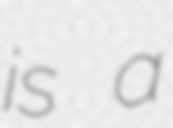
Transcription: is a